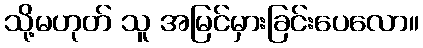
သို့မဟုတ် သူ အမြင်မှားခြင်းပေလော။